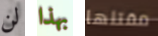
لن بهذا مقتلها